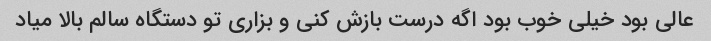
عالی بود خیلی خوب بود اگه درست بازش کنی و بزاری تو دستگاه سالم بالا میاد